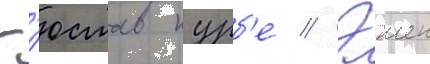
Г'юстав курб'е // Эжен